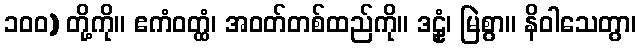
၁၀၀) တို့ကို။ ဧကံဝတ္ထံ၊ အဝတ်တစ်ထည်ကို။ ဒဠှံ၊ မြဲစွာ။ နိဝါသေတွာ၊